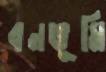
বনভূমি